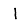
Digit: 1